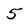
Character: 5